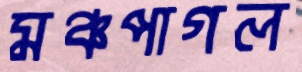
মঞ্চপাগল